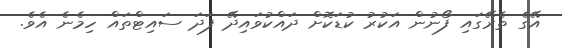
އޭގެ ތެރޭގައި ފޯނުން އަކުރު ކުޑަކޮށް ދައްކުވައިދޭ ފަދަ ސައިޓްތައް ހިމެނެ އެވެ.